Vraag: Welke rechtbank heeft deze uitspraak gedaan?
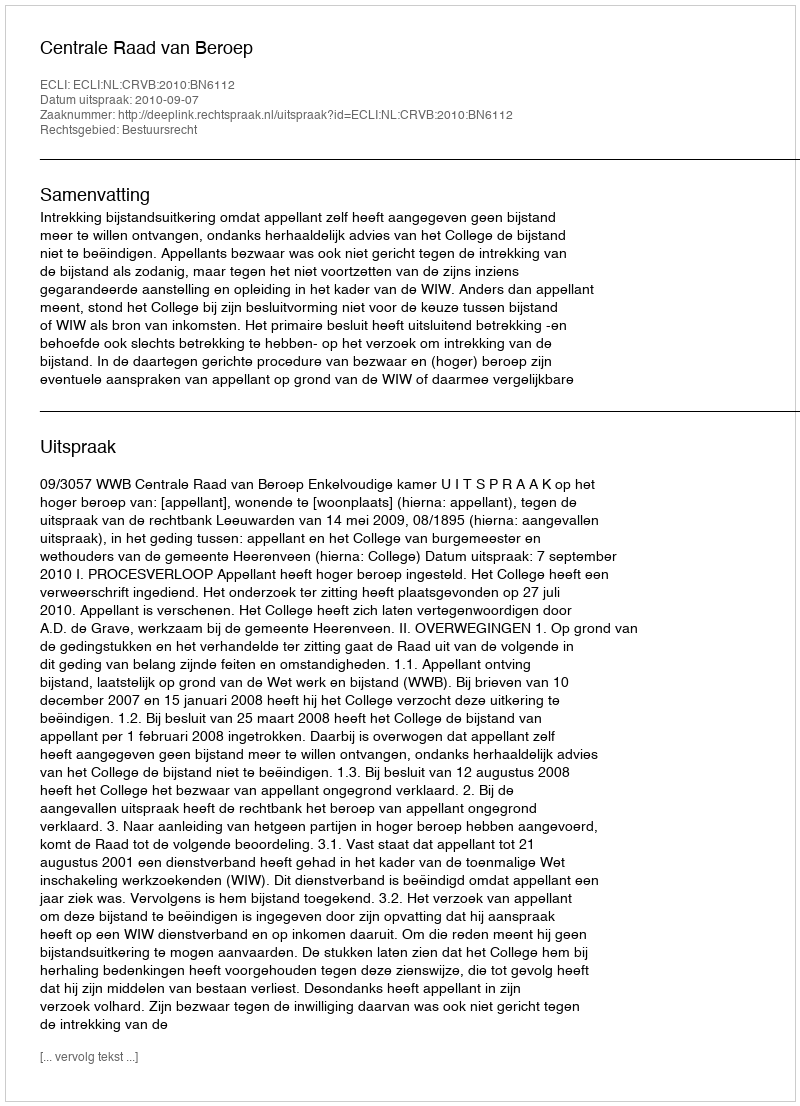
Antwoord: Centrale Raad van Beroep